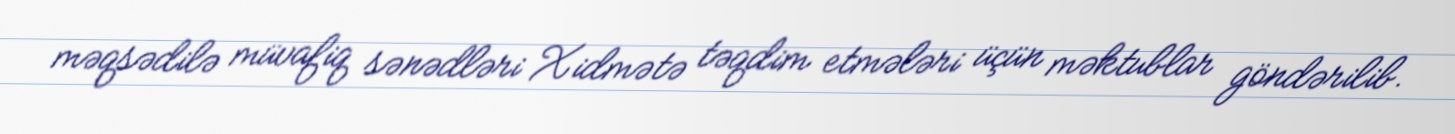
məqsədilə müvafiq sənədləri Xidmətə təqdim etmələri üçün məktublar göndərilib.